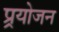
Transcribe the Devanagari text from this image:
प्र्रयोजन